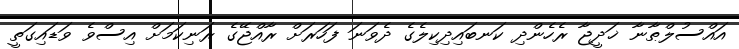
އައްސުލްޠާނާ ޚަދީޖާ ރެހެންދި ކަނބައިދިކިލެގެ ދެވަނަ ފަހަރަށް ރާއްޖޭގެ ރަނިކަމަށް އިސްވެ ވަޑައިގަތީ